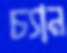
চ্যান